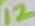
Text: 12